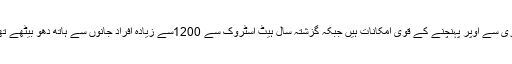
انہوں نے کہاکہ محکمہ موسمیات پیشنگوئی کرچکا ہے کہ موسم گرما میں درجہ حرات 40ڈگری سے اوپر پہنچنے کے قوی امکانات ہیں جبکہ گزشتہ سال ہیٹ اسٹروک سے 1200سے زیادہ افراد جانوں سے ہاتھ دھو بیٹھے تھے لہٰذا اس تلخ تجربے کے بعد پہلے سے احتیاطی تدابیر اور انتظامات کرکے رکھنا لازم ہے ۔